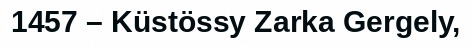
1457 – Küstössy Zarka Gergely,